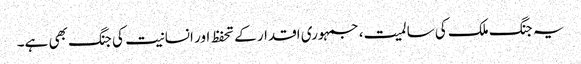
یہ جنگ ملک کی سالمیت، جمہوری اقدار کے تحفظ اور انسانیت کی جنگ بھی ہے۔